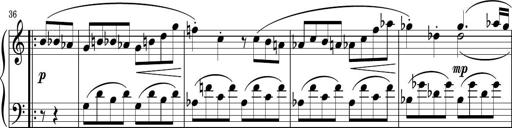
Title: Sonatina PandemÃ³nium
Composer: VÃ­ctor Carbajo
Key: C major